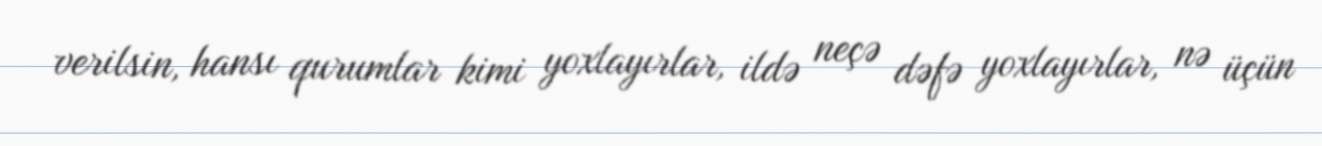
verilsin, hansı qurumlar kimi yoxlayırlar, ildə neçə dəfə yoxlayırlar, nə üçün